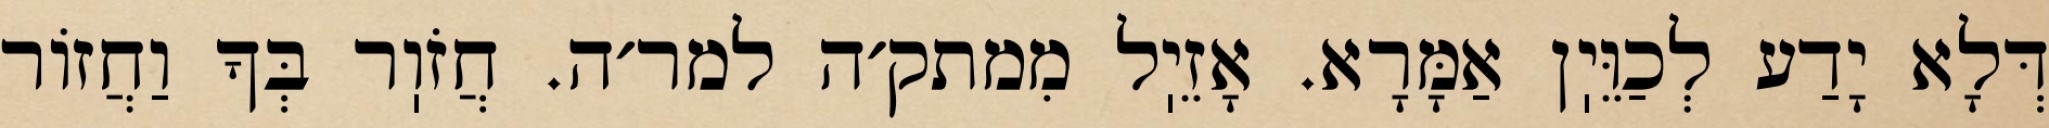
דְּלָא יָדַע לְכַוֵּיֽן אַמָּרָא. אָזֵיֽל מִמתק׳ה למר׳ה. חֲזֹוֽר בְּךָ וַחֲזוֹר